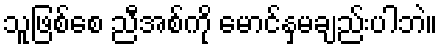
သူဖြစ်စေ ညီအစ်ကို မောင်နှမချည်းပါဘဲ။